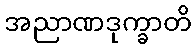
အညာဏဒုက္ခာတိ